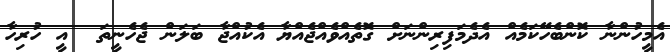
އެމީހުންނާ ކޮންބެހޭކަމެއް އެދެމަފިރިންނަށް ގޮތެއްވެއްޖެއްޔާ އެކުއްޖާ ބަލަން ޖެހެނީތަ  އީ ހުރިހާ